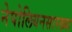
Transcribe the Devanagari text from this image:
नेपोलियनसारख्या